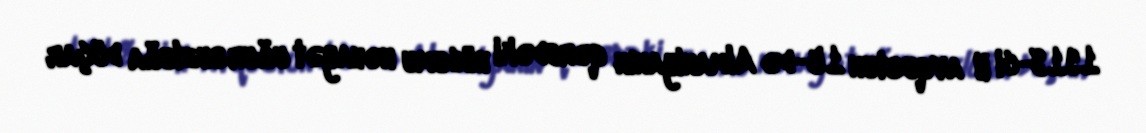
1918-ci il avqustun 15-də Almaniyanın qərbdəki hücumu nəhayət uğursuzluğa düçar